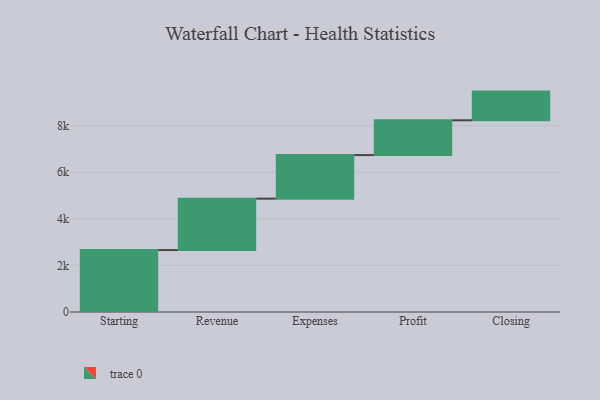
{"axis": {"x": "Step", "y": "Value"}, "legend": [""], "data": [{"x": "Starting", "y": 2658.0, "type": ""}, {"x": "Revenue", "y": 2209.0, "type": ""}, {"x": "Expenses", "y": 1869.0, "type": ""}, {"x": "Profit", "y": 1494.0, "type": ""}, {"x": "Closing", "y": 1232.0, "type": ""}]}